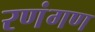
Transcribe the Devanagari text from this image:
रणंगण